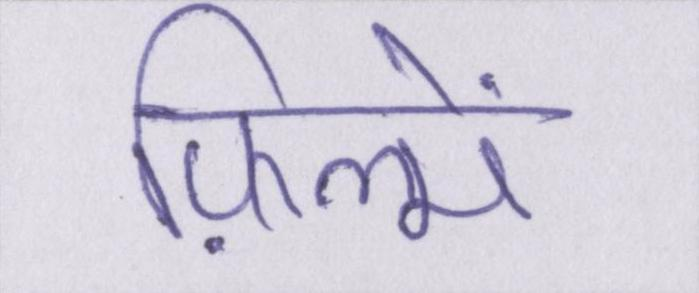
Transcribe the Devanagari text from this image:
फ़िल्में